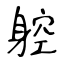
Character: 躻